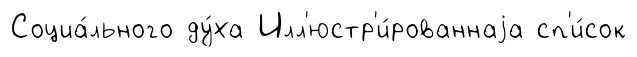
Социа́льного ду́ха Илл'юстр'и́рованнаjа сп'и́сок